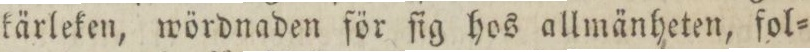
kärleken, wördnaden för ſig hos allmänheten, fol=